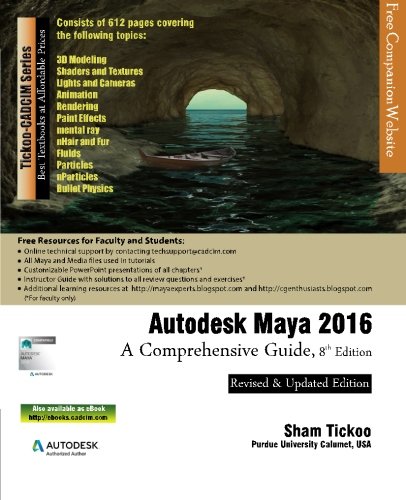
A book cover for Autodesk Maya 2016: A Comprehensive Guide, 8th Edition; Prof. Sham Tickoo Purdue Univ; Computers & Technology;